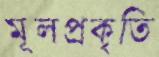
মূলপ্রকৃতি